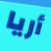
أريا